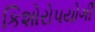
કિશોરોપયોગી